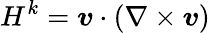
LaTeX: H^{k}=\boldsymbol{v}\cdot(\nabla\times\boldsymbol{v})